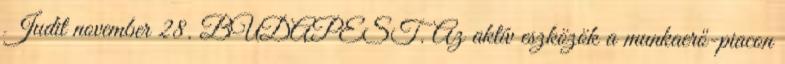
Judit november 28. BUDAPEST. Az aktív eszközök a munkaerő-piacon